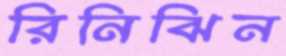
রিনিঝিন